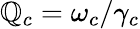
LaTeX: \mathbb{Q}_{c}=\omega_{c}/\gamma_{c}